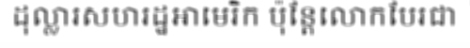
ដុល្លារសហរដ្ឋអាមេរិក ប៉ុន្តែលោកបែរជា